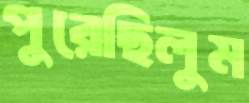
পুরেছিলুম